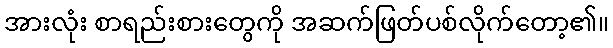
အားလုံး စာရည်းစားတွေကို အဆက်ဖြတ်ပစ်လိုက်တော့၏။